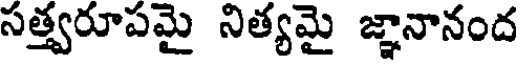
సత్త్వరూపమై నిత్యమై జ్ఞానానంద